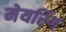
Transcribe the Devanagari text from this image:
मेयरिंग